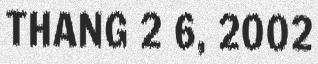
THANG 2 6, 2002